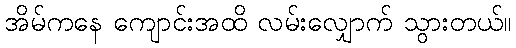
အိမ်ကနေ ကျောင်းအထိ လမ်းလျှောက် သွားတယ်။